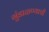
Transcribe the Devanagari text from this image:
गुंडाळण्याची